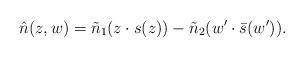
LaTeX: \begin{align*} \hat{n}(z, w) &= \tilde{n}_1(z \cdot s(z)) - \tilde{n}_2(w' \cdot \bar{s}(w')). \end{align*}